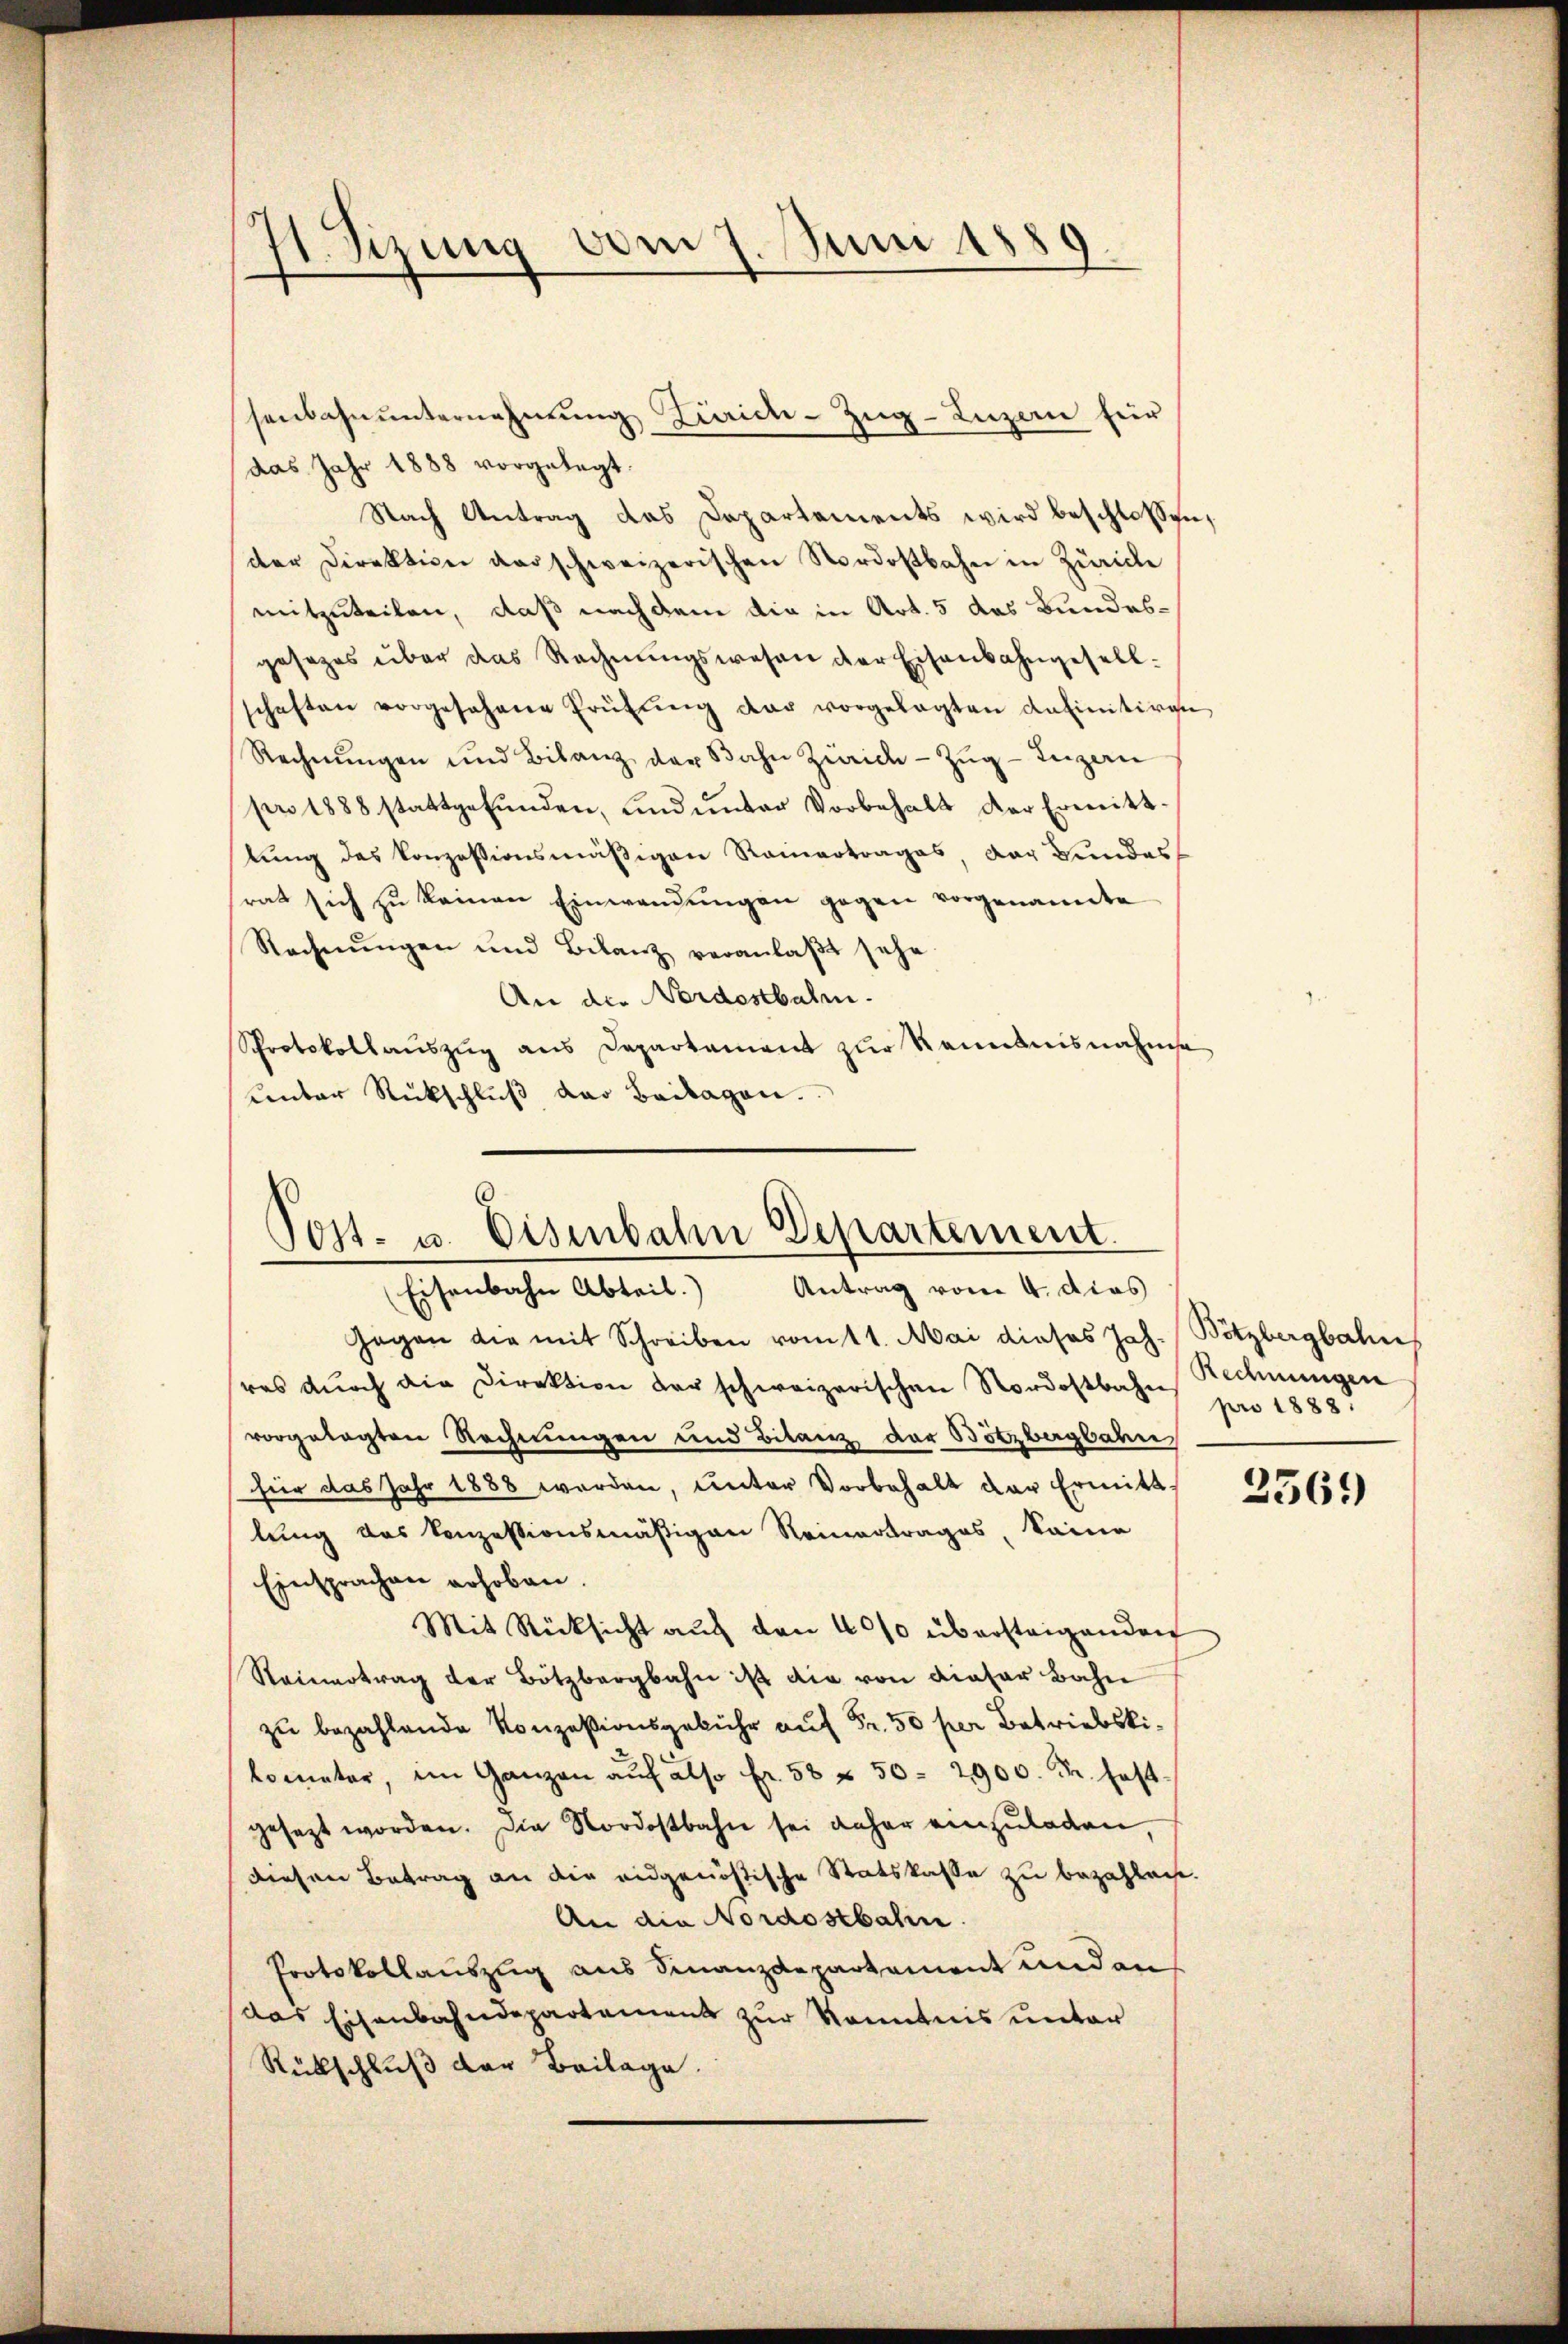
11. Sizung vom 7. Juni 1889.

das Jahr 1888 vorgelegt.
Nach Antrag das Departements wird beschlossen,
der Direktion das schweizerischen Nordostbahn in Zürich
mitzuteilen, daß nachdem die in Art. 5 das Bundesgesezes über das Rechnŭngswesen der Eisenbahngesell.
schaften vorgesehene Prüfŭng der vorgelegten anfinitiren
Rechnŭngen und Bilanz der Bahn Zürich-Zŭg-Iuzern
pro 1888 stattgefŭnden, und unter Vorbehalt der Ermitt-
stung des konzessionsmäßigen Rainertrages, der Bundes
rat sich zŭ keinen Einwendŭngen gegen vorgenannte
Rechnŭngen und Bilanz veranlaβt sehe.
An die Nordostbahn.
Schrotokollaŭszŭg ans Departement zŭr Kenntnisnahme
unter Rückschlŭβ der Beilagen.

senbahnunternehmung Zürich–Zug–Luzern für

Post- u. Eisenbahn Departement.
Antrag vom 4. dies
Eisenbahn Abteil.)

Gegen die mit Schreiben vom 11. Mai dieses Joh. Bötzbergbahn
res dŭrch die Direktion der schweizerischen Nordostbahns Rechnungen
vorgelegten Rechnungen und Bilanz der Bötzbergbahn
für das Jahr 1888 werden, unter Vorbehalt der Ermittlung des konzessionsmäßigen Reinertrages, Seine
Einsprachen erhoben.
Mit Rücksicht auf den 4000 übersteigenden
Reinertrag der Botzbergbahn ist die von dieser Bahn
zu bezahlende Konzesionsgebühr auf Fr. 50 per Betriebskilometer, im Ganzen auf also fr. 58 § 50. 2900. Fr. festgesagt worden. Die Nordostbahn sei daher einzuladen,
diesen Betrag an die eidgenößische Statskasse zu bezahlache.
An die Nordostbahn.
Protokollauszug aus Finanzdepartement und an
das Eisenbahndepartement zur Kenntnis unter
Rückschluß der Beilage.

pro 1888.

2569)